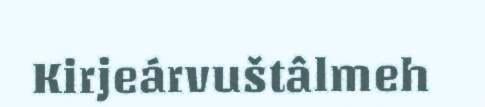
Kirjeárvuštâlmeh